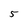
Character: 5